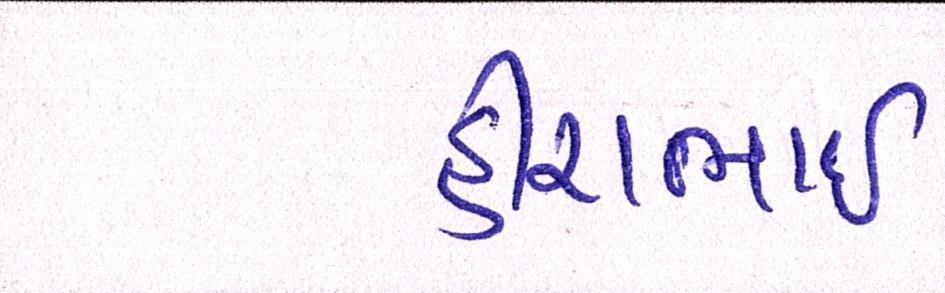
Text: હીરાભાઇ